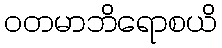
ဝတမာဘိရောစယိ